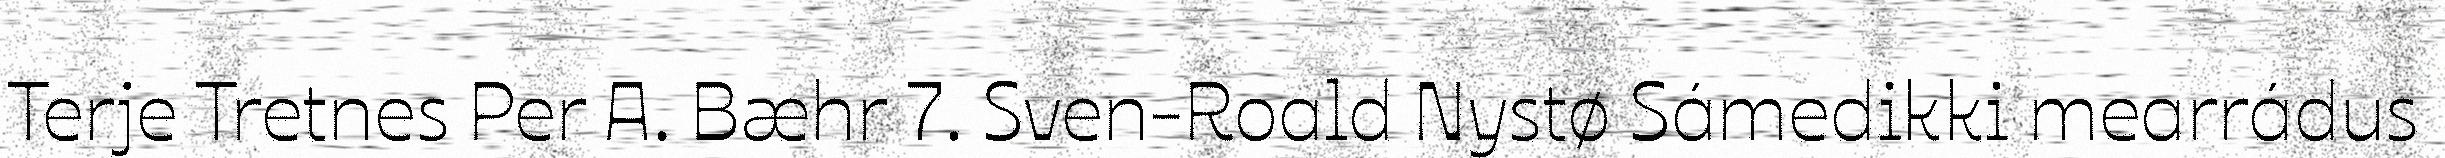
Terje Tretnes Per A. Bæhr 7. Sven-Roald Nystø Sámedikki mearrádus